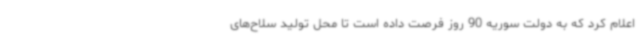
اعلام کرد که به دولت سوریه 90 روز فرصت داده است تا محل تولید سلاح‌های